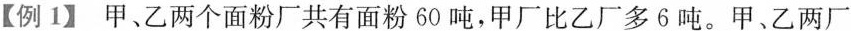
【例1】甲、乙两个面粉厂共有面粉60吨，甲厂比乙厂多6吨。甲、乙两厂